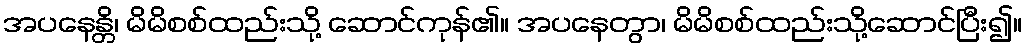
အပနေန္တိ၊ မိမိစစ်ထည်းသို့ ဆောင်ကုန်၏။ အပနေတွာ၊ မိမိစစ်ထည်းသို့ဆောင်ပြီး၍။